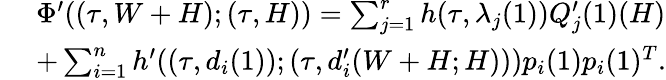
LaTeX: \begin{array}{rl}&{\; \Phi^{\prime}((\tau,W+H);(\tau,H))=\sum_{j=1}^{r}h(\tau,\lambda_{j}(1))Q_{j}^{\prime}(1)(H)}\\ &{\; +\sum_{i=1}^{n}h^{\prime}((\tau,d_{i}(1));(\tau,d_{i}^{\prime}(W+H;H)))p_{i}(1)p_{i}(1)^{T}.}\end{array}